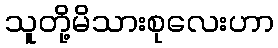
သူတို့မိသားစုလေးဟာ